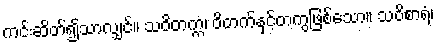
ကင်းဆိတ်၍သာလျှင်။ သဝိတက္ကံ၊ ဝိတက်နှင့်တကွဖြစ်သော။ သဝိစာရံ၊